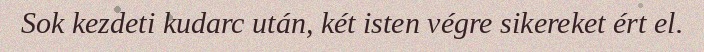
Sok kezdeti kudarc után, két isten végre sikereket ért el.